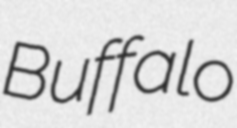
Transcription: Buffalo